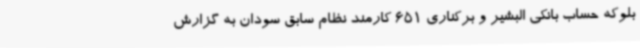
بلوکه حساب بانکی البشیر و برکناری 651 کارمند نظام سابق سودان به گزارش